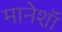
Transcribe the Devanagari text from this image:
मानेशॉ